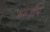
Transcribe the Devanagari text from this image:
मरूद्वीप